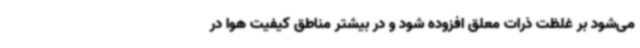
می‌شود بر غلظت ذرات معلق افزوده شود و در بیشتر مناطق کیفیت هوا در